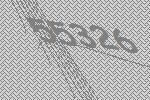
55326